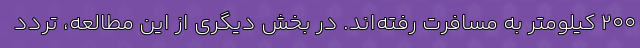
۲۰۰ کیلومتر به مسافرت رفته‌اند. در بخش دیگری از این مطالعه، تردد